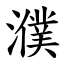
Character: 濮